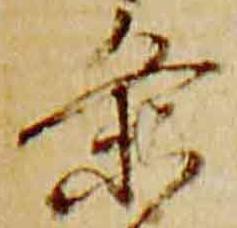
条